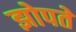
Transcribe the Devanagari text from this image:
झोपते